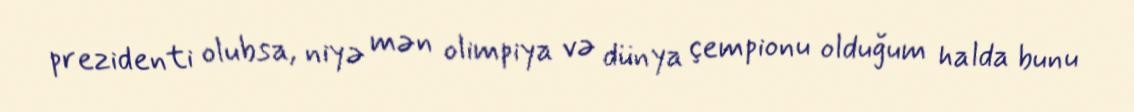
prezidenti olubsa, niyə mən olimpiya və dünya çempionu olduğum halda bunu